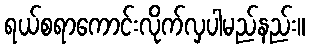
ရယ်စရာကောင်းလိုက်လှပါမည်နည်း။